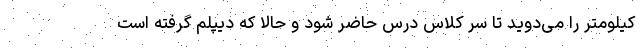
کیلومتر را می‌دوید تا سر کلاس درس حاضر شود و حالا که دیپلم گرفته است